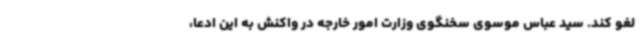
لغو کند. سید عباس موسوی سخنگوی وزارت امور خارجه در واکنش به این ادعا،